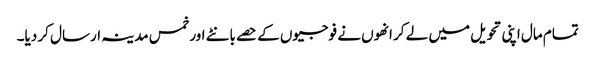
تمام مال اپنی تحویل میں لے کر انھوں نے فوجیوں کے حصے بانٹے اور خمس مدینہ ارسال کر دیا۔